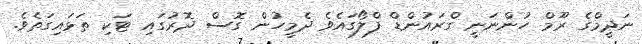
ނަދީމްގެ ރޫމް ހުންނަނީ ގްރައުންޑް ފްލޯގައެވެ ދެމީހުން ގޮސް ދޮރުގައި ޓަކި ތަޅައިގަތެވެ.